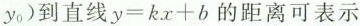
y_{0})到直线$$y = k x + b$$的距离可表示